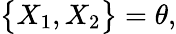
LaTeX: \big\{ X_{1},X_{2}\big\} =\theta,